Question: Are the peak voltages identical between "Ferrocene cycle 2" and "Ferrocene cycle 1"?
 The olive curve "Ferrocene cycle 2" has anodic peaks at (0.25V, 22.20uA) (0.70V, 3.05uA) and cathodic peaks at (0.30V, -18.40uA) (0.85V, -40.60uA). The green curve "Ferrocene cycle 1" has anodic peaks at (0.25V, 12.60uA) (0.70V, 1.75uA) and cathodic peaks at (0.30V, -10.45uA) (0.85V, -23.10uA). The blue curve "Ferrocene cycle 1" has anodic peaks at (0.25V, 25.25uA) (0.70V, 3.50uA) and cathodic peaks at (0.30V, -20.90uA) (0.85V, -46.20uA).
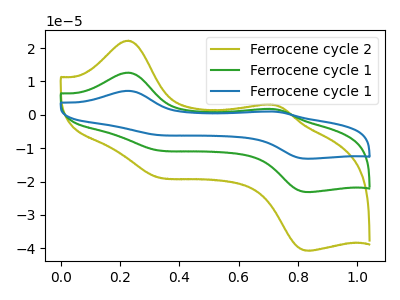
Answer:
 <answer>Yes, "Ferrocene cycle 2" have a peak in "Ferrocene cycle 1" at the same potential.</answer>
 <eval>match</eval>